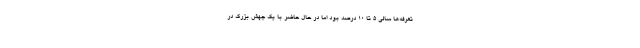
تعرفه‌ها سالی ۵ تا ۱۰ درصد بود اما در حال حاضر با یک جهش بزرگ در